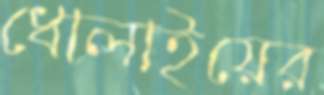
ধোলাইয়ের